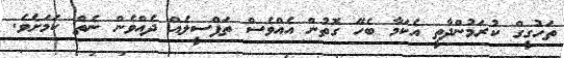
ތަހުގީގް ކުރަމުންދާތީ އެކަމާ ބެހޭ ގޮތުން އެއްވެސް ތަފްސީލެއް ދެއްވެން ނެތް ކަމަށެވެ.